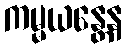
ကမ္မယန္တေန